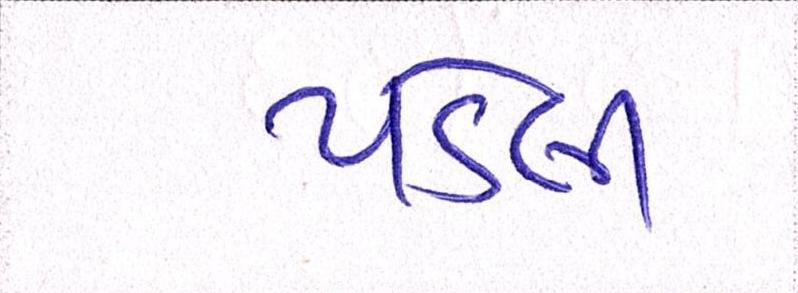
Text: પડેલી